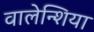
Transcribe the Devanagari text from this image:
वालेन्शिया